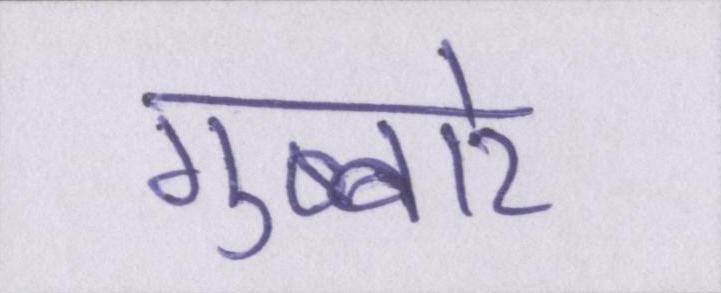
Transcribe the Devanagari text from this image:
गुब्बारे